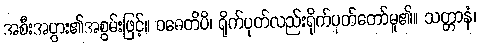
အစီးအပွား၏အစွမ်းဖြင့်။ ဝဓေတိပိ၊ ရိုက်ပုတ်လည်းရိုက်ပုတ်တော်မူ၏။ သတ္တာနံ၊